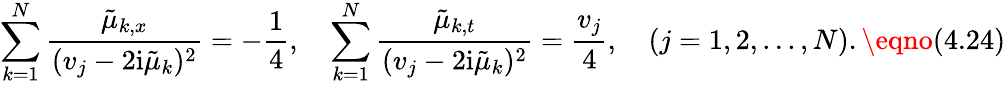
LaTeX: \sum_{k=1}^{N}{\frac{\tilde{\mu}_{k,x}}{(v_{j}-2\mathrm{i}\tilde{\mu}_{k})^{2}}}=-{\frac{1}{4}},\quad\sum_{k=1}^{N}{\frac{\tilde{\mu}_{k,t}}{(v_{j}-2\mathrm{i}\tilde{\mu}_{k})^{2}}}={\frac{v_{j}}{4}},\quad(j=1,2,...,N).\eqno(4.24)